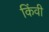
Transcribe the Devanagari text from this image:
किंवी